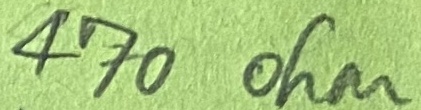
Text: 470ohm